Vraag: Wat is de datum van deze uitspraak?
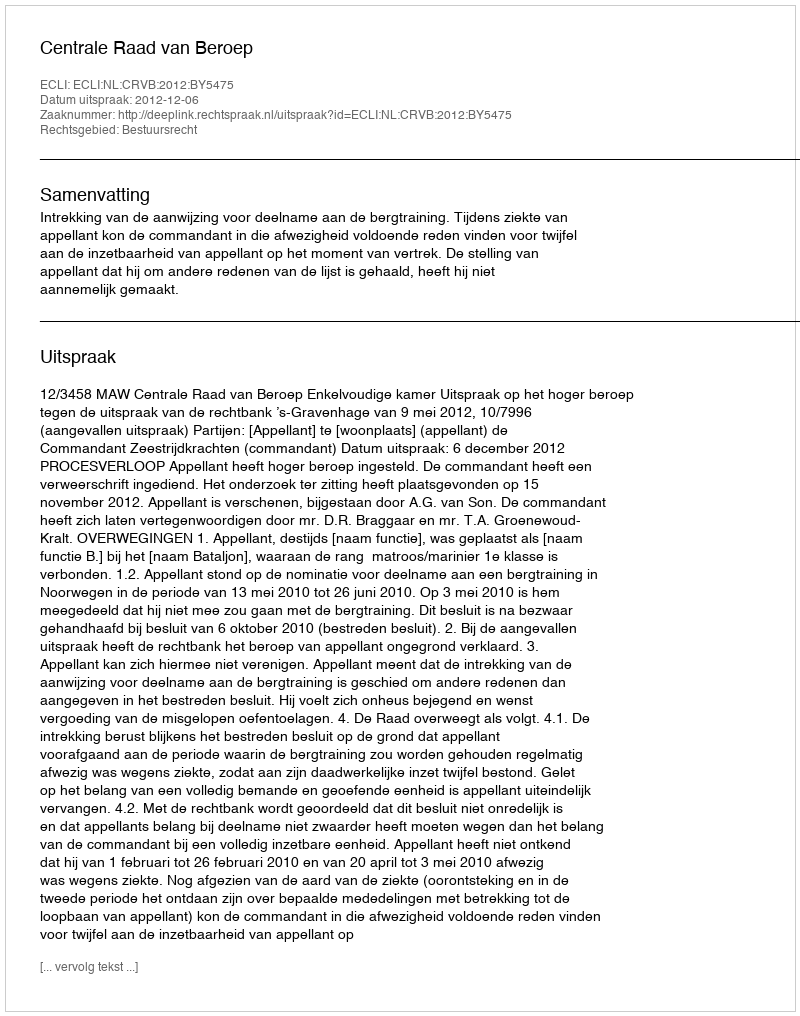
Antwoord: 2012-12-06